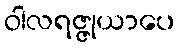
ဝါလရဇ္ဇုယာပေ